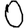
Digit: 0